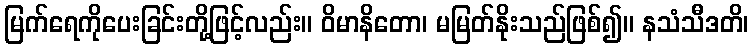
မြက်ရေကိုပေးခြင်းတို့ဖြင့်လည်း။ ဝိမာနိတော၊ မမြတ်နိုးသည်ဖြစ်၍။ နသံသီဒတိ၊